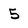
Character: 5